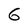
Character: 6